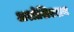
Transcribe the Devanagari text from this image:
अशोशिएशन